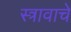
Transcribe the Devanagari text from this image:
स्त्रावाचे